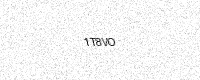
Text: 1T8VO